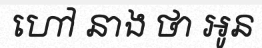
ហៅ នាង ថា អូន